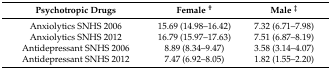
<table><thead><tr><td><b>Psychotropic Drugs</b></td><td><b>Female <sup>†</sup></b></td><td><b>Male <sup>ǂ</sup></b></td></tr></thead><tbody><tr><td>Anxiolytics SNHS 2006</td><td>15.69 (14.98–16.42)</td><td>7.32 (6.71–7.98)</td></tr><tr><td>Anxiolytics SNHS 2012</td><td>16.79 (15.97–17.63)</td><td>7.51 (6.87–8.19)</td></tr><tr><td>Antidepressant SNHS 2006</td><td>8.89 (8.34–9.47)</td><td>3.58 (3.14–4.07)</td></tr><tr><td>Antidepressant SNHS 2012</td><td>7.47 (6.92–8.05)</td><td>1.82 (1.55–2.20)</td></tr></tbody></table>